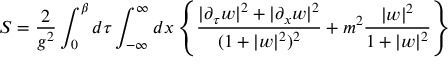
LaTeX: S = { \frac { 2 } { g ^ { 2 } } } \int _ { 0 } ^ { \beta } d \tau \int _ { - \infty } ^ { \infty } d x \left\{ { \frac { \vert \partial _ { \tau } w \vert ^ { 2 } + \vert \partial _ { x } w \vert ^ { 2 } } { ( 1 + \vert w \vert ^ { 2 } ) ^ { 2 } } } + m ^ { 2 } { \frac { \vert w \vert ^ { 2 } } { 1 + \vert w \vert ^ { 2 } } } \right\}